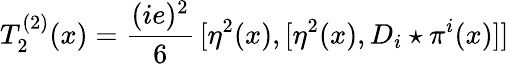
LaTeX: T_{2}^{(2)}(x)=\frac{(ie)^{2}}{6}\, [\eta^{2}(x),[\eta^{2}(x),D_{i}\star\pi^{i}(x)]]